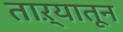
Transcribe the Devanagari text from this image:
ताऱ्यातून